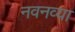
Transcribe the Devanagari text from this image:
नवनव्‍या